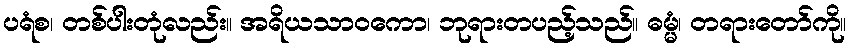
ပရံစ၊ တစ်ပါးတုံလည်း။ အရိယသာဝကော၊ ဘုရားတပည့်သည်။ ဓမ္မံ၊ တရားတော်ကို။